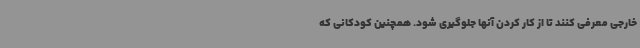
خارجی معرفی کنند تا از کار کردن آنها جلوگیری شود. همچنین کودکانی که